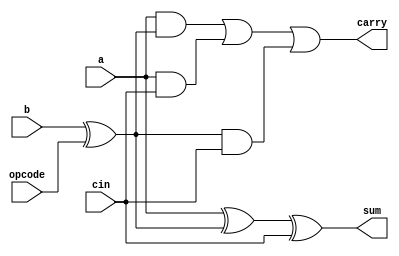
module one_bit_adder(a, b, cin, opcode, carry, sum);

    input a, b, cin; // two input numbers a and b and cin
    input opcode;    // 0 for addition, 1 for subtraction  
    output carry, sum;  // two outputs carry and sum

    assign b_bar = b^opcode; // to decide addition or subtraction

    assign sum = a^b_bar^cin; // stores the sum

    assign carry = (a & b_bar) | (a & cin) | (b_bar & cin);  // carry is 1 under any of three conditions: if a=1 and b_bar =1; or if  a=1 and cin=1; or b_bar=1 and cin =1

endmodule